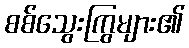
စစ်သွေးကြွများ၏